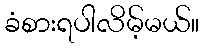
ခံစားရပါလိမ့်မယ်။